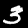
Label: 3